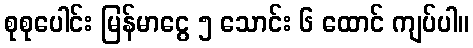
စုစုပေါင်း မြန်မာငွေ ၅ သောင်း ၆ ထောင် ကျပ်ပါ။